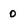
Character: 0